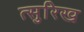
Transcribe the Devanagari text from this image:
त्सुरिख